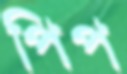
পিপ